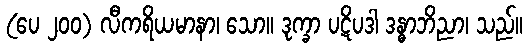
(ပေ ၂၀၀) လီကရိယမာနာ၊ သော။ ဒုက္ခာ ပဋိပဒါ ဒန္ဓာဘိညာ၊ သည်။